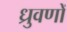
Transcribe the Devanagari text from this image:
ध्रुवणों